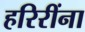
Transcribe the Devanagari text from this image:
हरिरींना